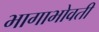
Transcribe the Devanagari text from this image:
भागाभोवती